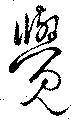
覺